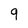
Character: 9